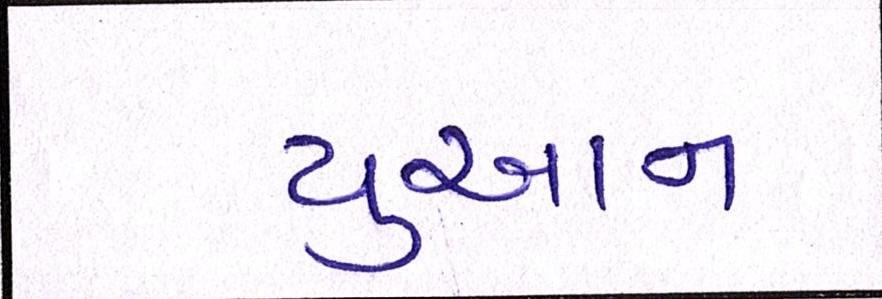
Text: યુઆન